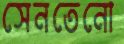
সেনতেনো